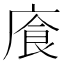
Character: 𫷸